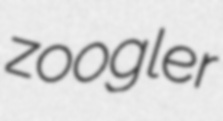
zoogler